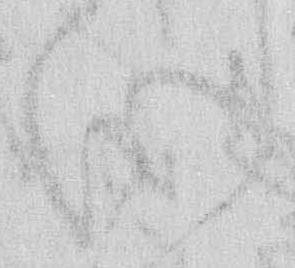
心